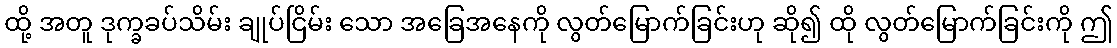
ထို့ အတူ ဒုက္ခခပ်သိမ်း ချုပ်ငြိမ်း သော အခြေအနေကို လွတ်မြောက်ခြင်းဟု ဆို၍ ထို လွတ်မြောက်ခြင်းကို ဤ